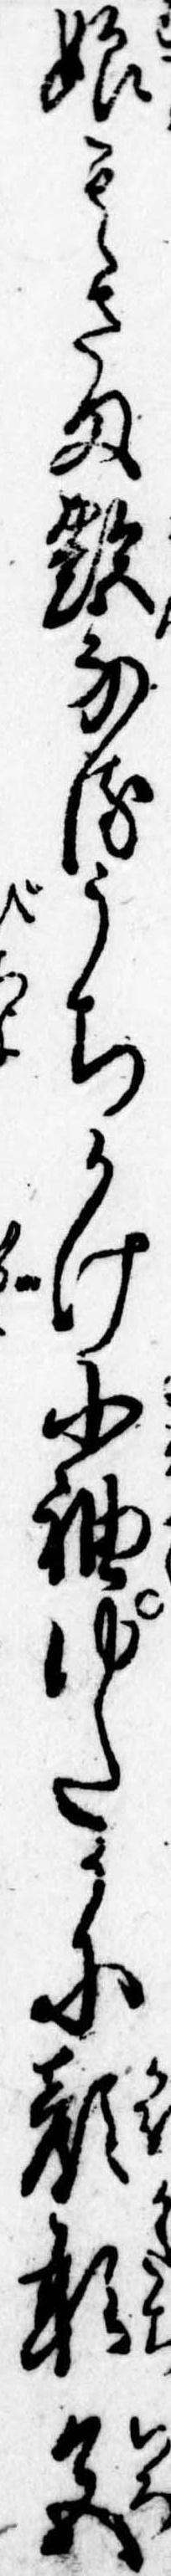
娘其さま艶なるうちかけ小袖ゆたかに顔形色